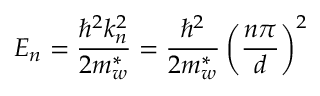
E _ { n } = { \frac { \hbar ^ { 2 } k _ { n } ^ { 2 } } { 2 m _ { w } ^ { * } } } = { \frac { \hbar ^ { 2 } } { 2 m _ { w } ^ { * } } } \left( { \frac { n \pi } { d } } \right) ^ { 2 }